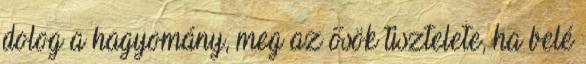
dolog a hagyomány, meg az ősök tisztelete, ha belé